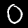
Label: 0